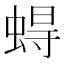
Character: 𧍋